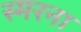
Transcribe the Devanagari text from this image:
स्मरना